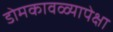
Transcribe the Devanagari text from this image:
डोमकावळ्यापेक्षा